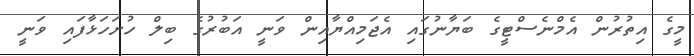
މީގެ އިތުރުން އެމްނެސްޓީގެ ބަޔާނުގައި އެޖަމިއްޔާއިން ވަނީ އަބުރުގެ ބިލް ހުށަހަޅާފައި ވަނީ